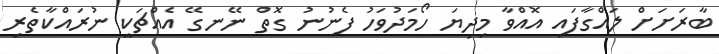
ބާރަށަށް ލައްގާފައި އޮއްވާ މިދިޔަ ހޯމަދުވަހު ފެނުނު ގޮތް ނޭނގޭ އެއްޗަކީ ނުރައްކާތެރި